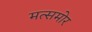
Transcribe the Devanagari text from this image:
मत्समोर